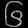
Digit: ၆